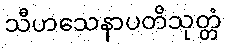
သီဟသေနာပတိသုတ္တံ